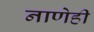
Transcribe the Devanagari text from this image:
नाणेही